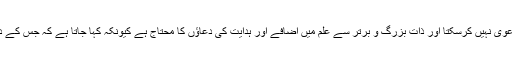
کوئی کتنا ہی اہل علم کیوں نہ ہو وہ اس میدان میں کامل ہونے کا دعوٰی نہیں کرسکتا اور ذاتِ بزرگ و برتر سے علم میں اضافے اور ہدایت کی دعاؤں کا محتاج ہے کیونکہ کہا جاتا ہے کہ جس کے دل میں رشدوہدایت کی جستجو ہو اسے یہ سرمایہ مل ہی جاتا ہے ۔